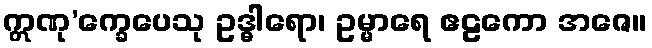
ဣဏု’က္ခေပေသု ဥဒ္ဓါရော၊ ဥမ္မာရေ ဧဠကော အဇေ။